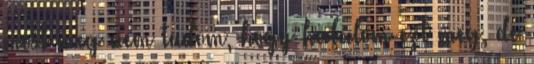
most meg nem tudom, hogy halalom ezt meg, de